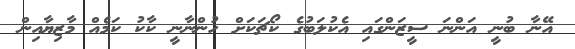
އޭނާ ބުނީ އަންނަ ސީޒަންގައި އެކުލަބުގެ ކޯޗަކަށް ހުންނާނީ ކާކު ކަމެއް މާޒިޔާއިން